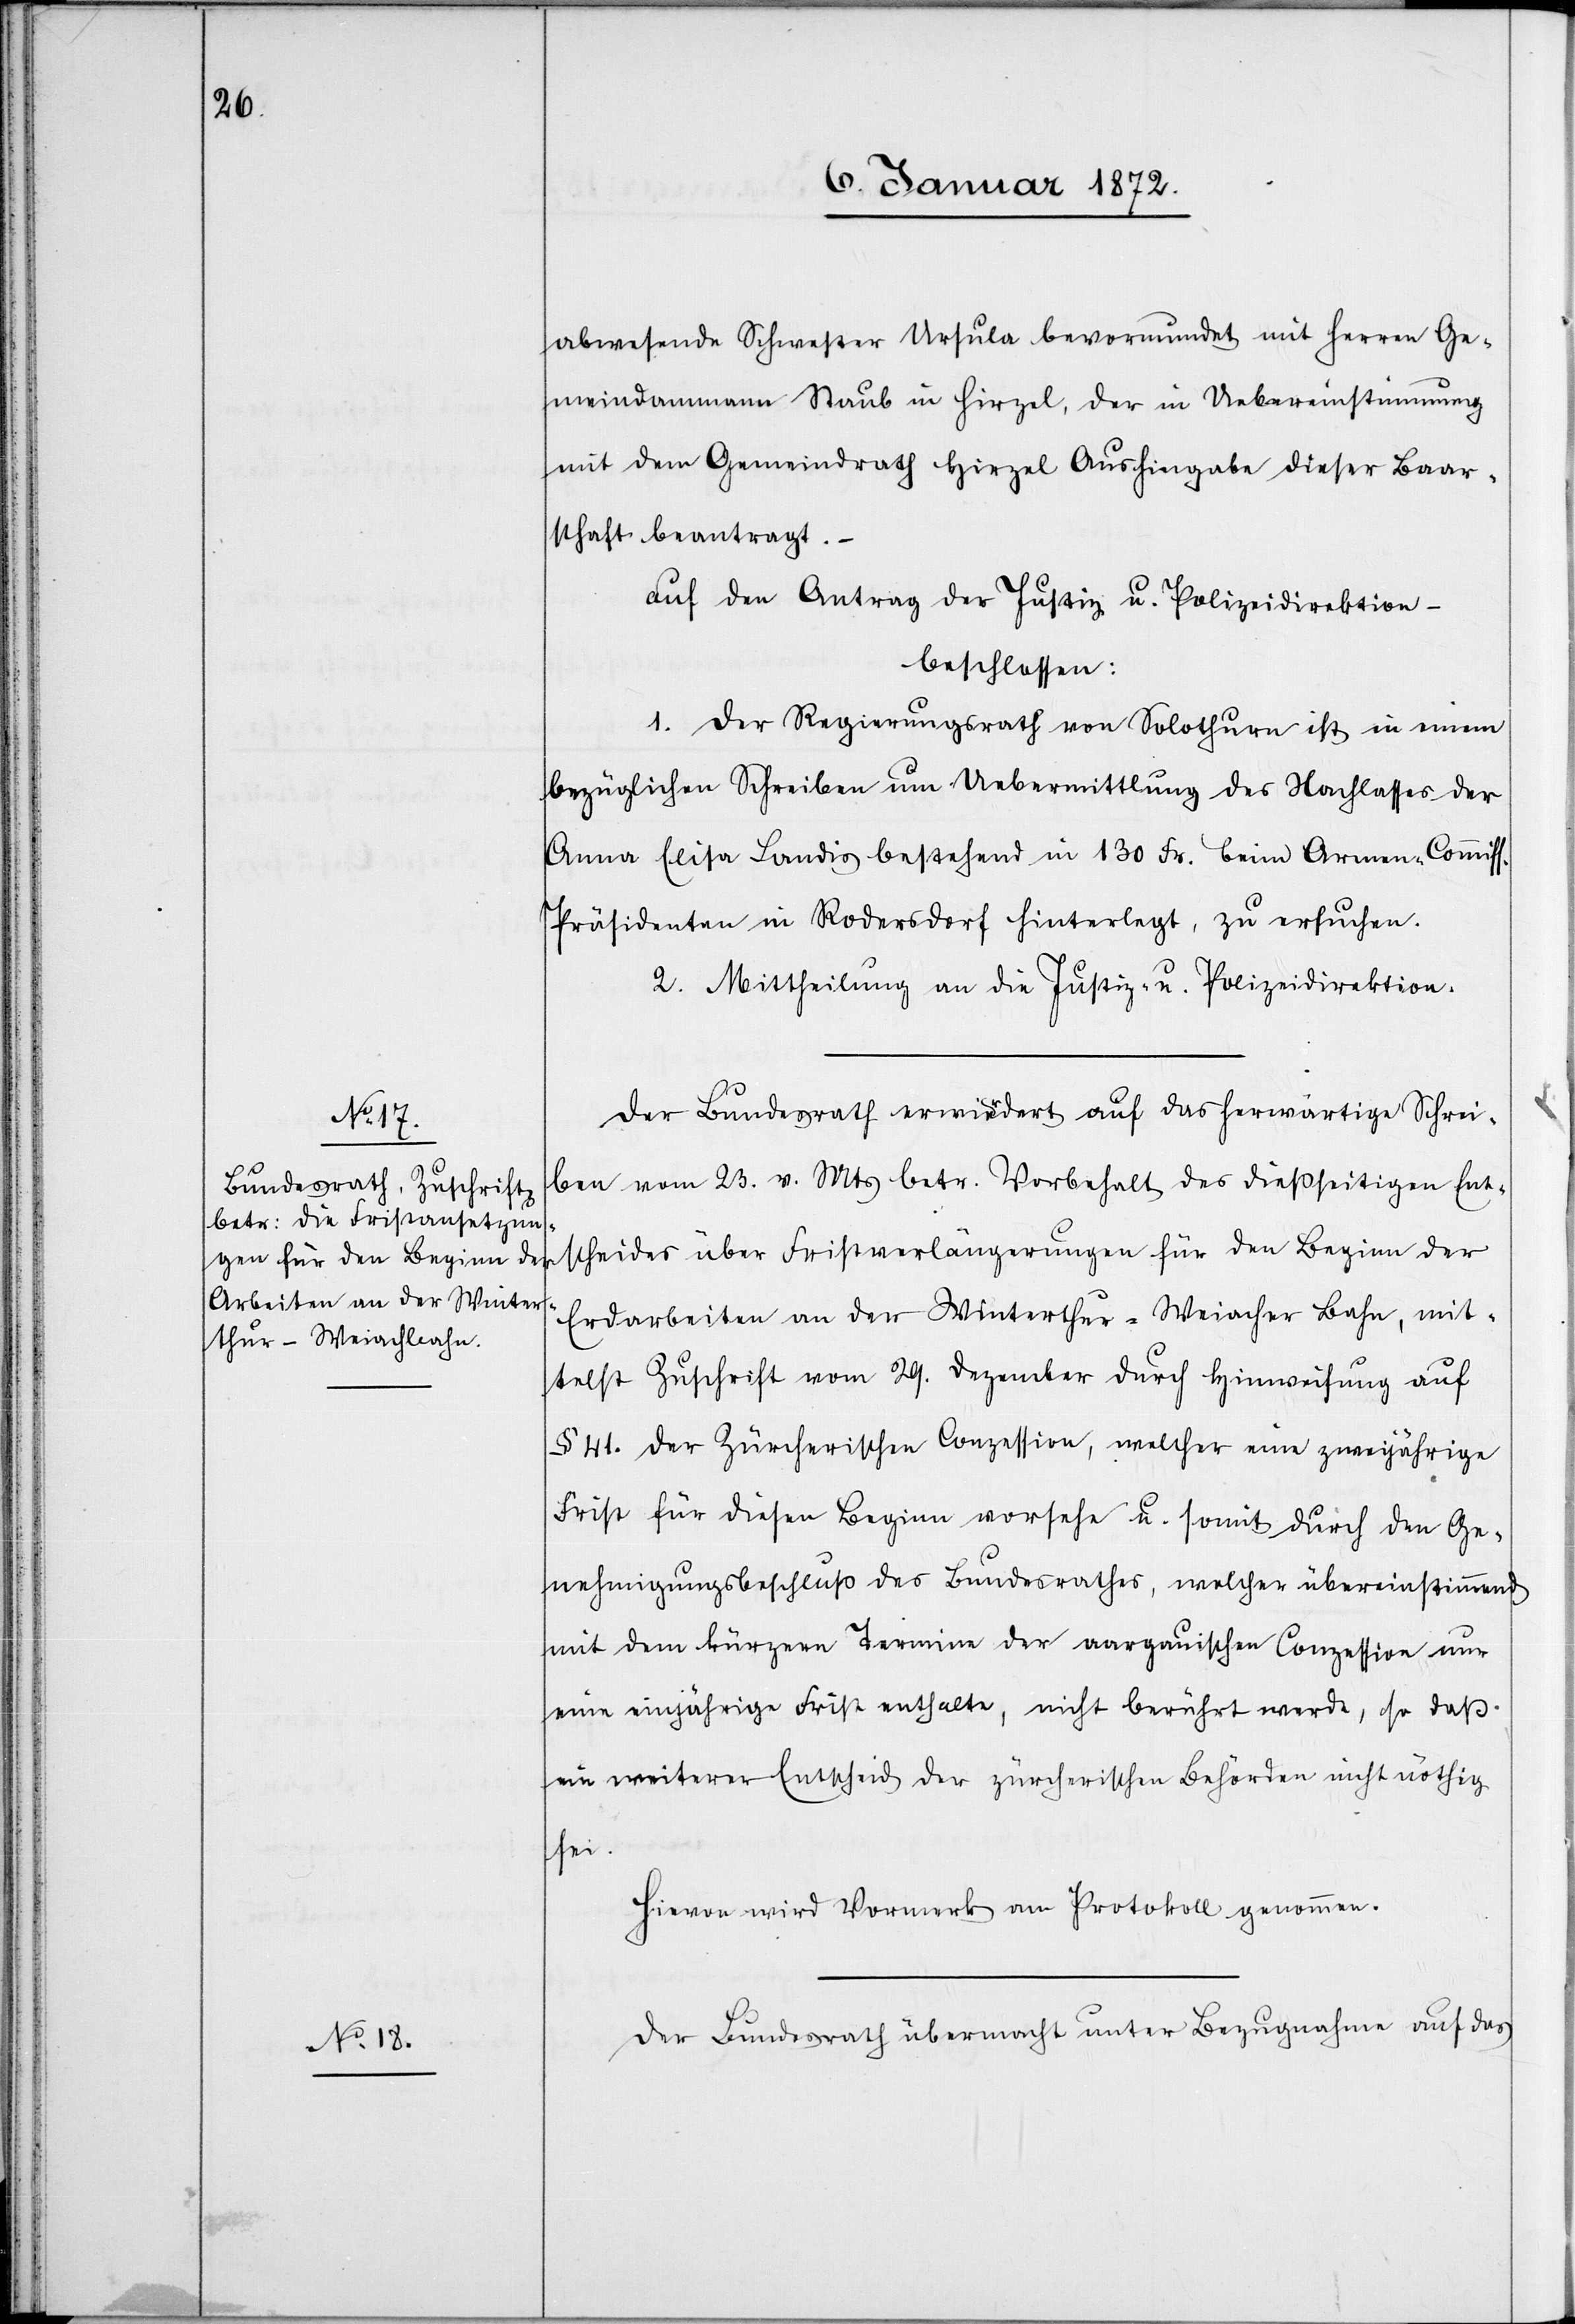
abwesende Schwester Ursula bevormundet mit Herren Ge¬
meindeamman Staub in Hirzel, der in Uebereinstimmung
mit dem Gemeindrath Hirzel Aushingabe dieser Baar¬
schaft beantragt.–
ss.
auf den Antrag der Justiz u. Polizeidirektion
beschlossen:
1. Der Regierungsrath von Solothurn ist in einem
bezüglichen Schreiben um Uebermittlung des Nachlasses der
Anna Elisa Landis bestehend in 130. Fr. beim Armen-Commi¬
Präsidenten in Rodersdorf hinterlegt, zu ersuchen.
2. Mittheilung an die Justiz- u. Polizeidirektion.
Der Bundesrath erwiedert auf das herwärtige Schrei¬
ben vom 23. v. Mts betr. Vorbehalt des dießseitigen Ent¬
scheides über Fristverlängerungen für den Beginn der
Erdarbeiten an der Winterthur-Weiacher Bahn, mit¬
telst Zuschrift vom 29. Dezember durch Hinweisung auf
§ 41. der Zürcherischen Conzession, welcher eine zweijährige
Frist für diesen Beginn vorsehe u. somit durch den Ge¬
nehmigungsbeschluß des Bundesrathes, welcher übereinstimmend
mit dem kürzern Termine der aargauischen Conzession nur
eine einjährige Frist enthalte, nicht berührt werde, so daß
ein weiterer Entscheid der zürcherischen Behörden nicht nöthig
sei.
Hiervon wird Vormerk am Protokoll genommen.